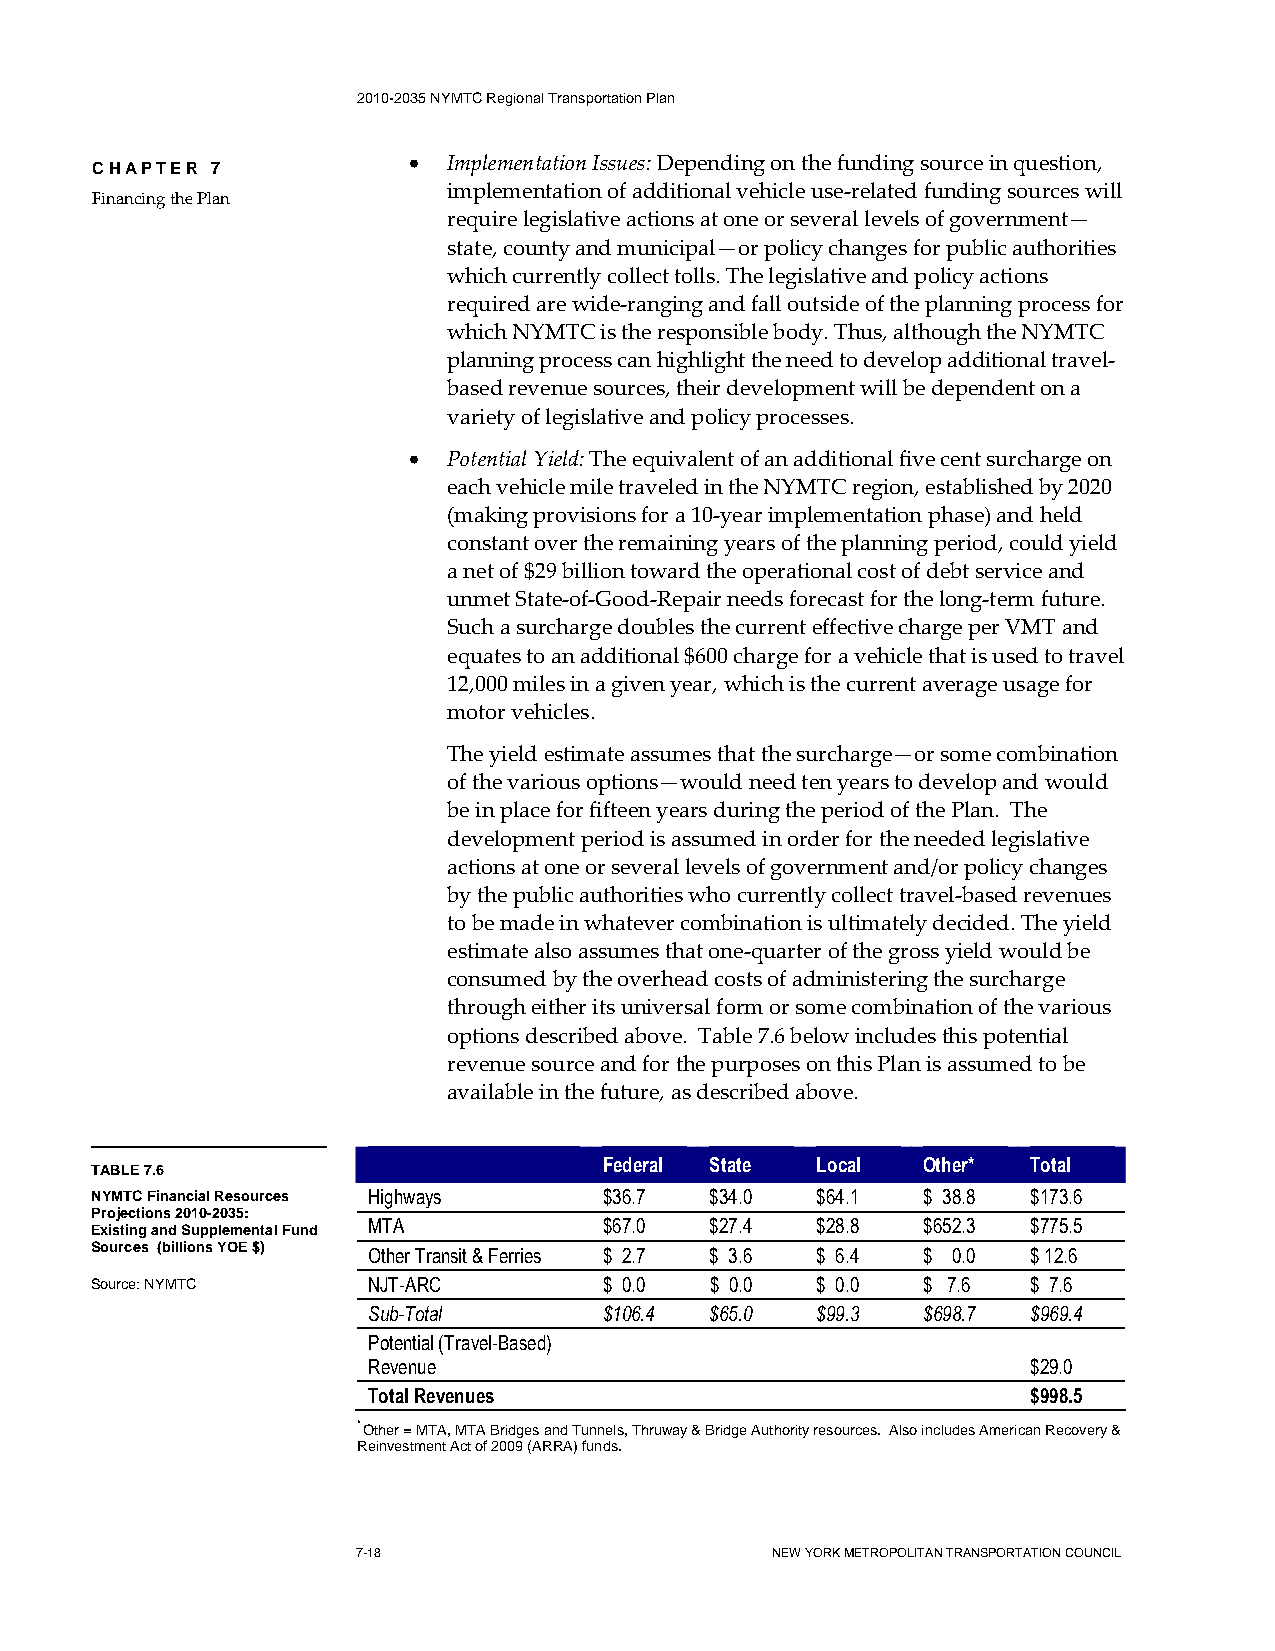
2010-2035 NYMTC Regional Transportation Plan
 •  Implementation Issues: Depending on the funding source in question,
 CHAPTER 7
 implementation of additional vehicle use-related funding sources will
 Financing the Plan
 require legislative actions at one or several levels of government—
 state, county and municipal—or policy changes for public authorities
 which currently collect tolls. The legislative and policy actions
 required are wide-ranging and fall outside of the planning process for
 which NYMTC is the responsible body. Thus, although the NYMTC
 planning process can highlight the need to develop additional travel-
 based revenue sources, their development will be dependent on a
 variety of legislative and policy processes.
 •  Potential Yield: The equivalent of an additional five cent surcharge on
 each vehicle mile traveled in the NYMTC region, established by 2020
 (making provisions for a 10-year implementation phase) and held
 constant over the remaining years of the planning period, could yield
 a net of $29 billion toward the operational cost of debt service and
 unmet State-of-Good-Repair needs forecast for the long-term future.
 Such a surcharge doubles the current effective charge per VMT and
 equates to an additional $600 charge for a vehicle that is used to travel
 12,000 miles in a given year, which is the current average usage for
 motor vehicles.
 The yield estimate assumes that the surcharge—or some combination
 of the various options—would need ten years to develop and would
 be in place for fifteen years during the period of the Plan. The
 development period is assumed in order for the needed legislative
 actions at one or several levels of government and/or policy changes
 by the public authorities who currently collect travel-based revenues
 to be made in whatever combination is ultimately decided. The yield
 estimate also assumes that one-quarter of the gross yield would be
 consumed by the overhead costs of administering the surcharge
 through either its universal form or some combination of the various
 options described above. Table 7.6 below includes this potential
 revenue source and for the purposes on this Plan is assumed to be
 available in the future, as described above.
 Federal State Local  Other* Total
 TABLE 7.6
 NYMTC Financial Resources Highways $36.7 $34.0  $64.1  $ 38.8 $173.6
 Projections 2010-2035:
 MTA             $67.0  $27.4  $28.8  $652.3 $775.5
 Existing and Supplemental Fund
 Sources (billions YOE $) Other Transit & Ferries $ 2.7 $ 3.6 $ 6.4 $ 0.0 $ 12.6
 Source: NYMTC     NJT-ARC         $ 0.0  $ 0.0  $ 0.0  $ 7.6  $ 7.6
 Sub-Total       $106.4 $65.0  $99.3  $698.7 $969.4
 Potential (Travel-Based)
 Revenue                                     $29.0
 Total Revenues                              $998.5
 * Other = MTA, MTA Bridges and Tunnels, Thruway & Bridge Authority resources. Also includes American Recovery &
 Reinvestment Act of 2009 (ARRA) funds.
 7-18                       NEW YORK METROPOLITAN TRANSPORTATION COUNCIL